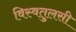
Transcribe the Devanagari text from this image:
विस्वतुलसी